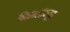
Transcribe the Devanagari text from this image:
निकालांवरून